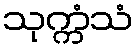
သုက္ကံသံ